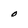
Character: O